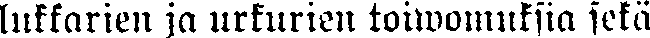
lukkarien ja urkurien toiwomuksia sekä